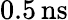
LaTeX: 0.5\, \mathrm{ns}